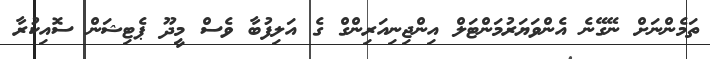
ތަމެންނަށް ނޭގޭނެ އެންވަޔަރުމަންޓަލް އިންޖިނިއަރިންގް ގެ އަލިފުބާ ވެސް މީދޫ ޕެޓިޝަން ސޮއިކުރާ